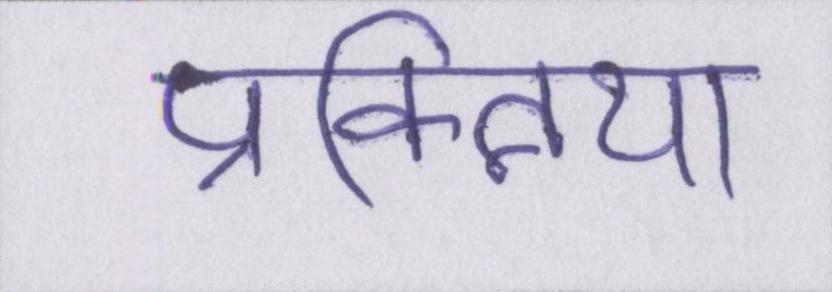
प्रक्त्रिया